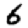
Digit: 6